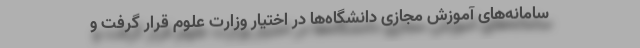
سامانه‌های آموزش مجازی دانشگاه‌ها در اختیار وزارت علوم قرار گرفت و